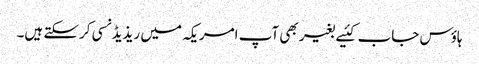
ہاؤس جاب کئیے بغیر بھی آپ امریکہ میں ریذیڈنسی کرسکتے ہیں۔